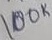
Text: 100